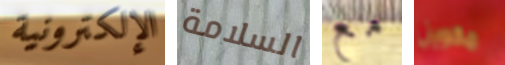
الإلكترونية السلامة مع مكوين